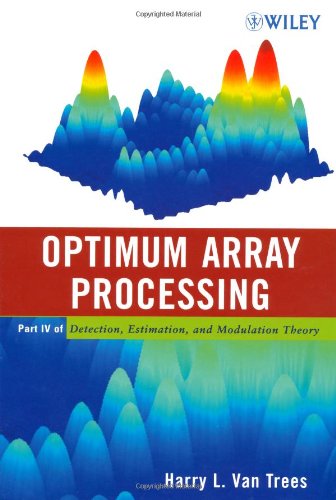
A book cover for Detection, Estimation, and Modulation Theory, Optimum Array Processing (Part IV); Harry L. Van Trees; Science & Math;